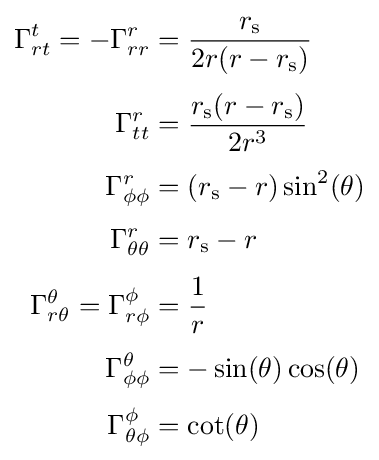
{\begin{aligned}\Gamma _{rt}^{t}=-\Gamma _{rr}^{r}&={\frac {r_{\text{s}}}{2r(r-r_{\text{s}})}}\\[3pt]\Gamma _{tt}^{r}&={\frac {r_{\text{s}}(r-r_{\text{s}})}{2r^{3}}}\\[3pt]\Gamma _{\phi \phi }^{r}&=(r_{\text{s}}-r)\sin ^{2}(\theta )\\[3pt]\Gamma _{\theta \theta }^{r}&=r_{\text{s}}-r\\[3pt]\Gamma _{r\theta }^{\theta }=\Gamma _{r\phi }^{\phi }&={\frac {1}{r}}\\[3pt]\Gamma _{\phi \phi }^{\theta }&=-\sin(\theta )\cos(\theta )\\[3pt]\Gamma _{\theta \phi }^{\phi }&=\cot(\theta )\end{aligned}}